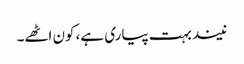
نیند بہت پیاری ہے، کون اٹھے۔